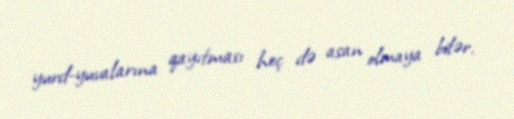
yurd-yuvalarına qayıtması heç də asan olmaya bilər.